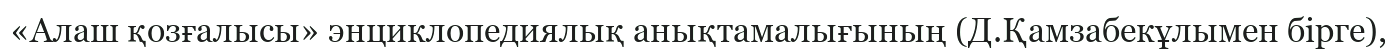
«Алаш қозғалысы» энциклопедиялық анықтамалығының (Д.Қамзабекұлымен бірге),